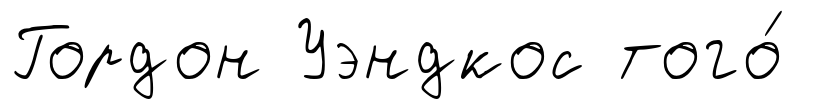
Гордон Уэндкос того́